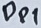
Text: Dp1